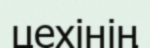
цехінің